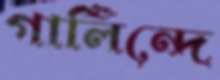
গার্লিন্দে